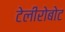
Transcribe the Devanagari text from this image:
टेलीरोबोट